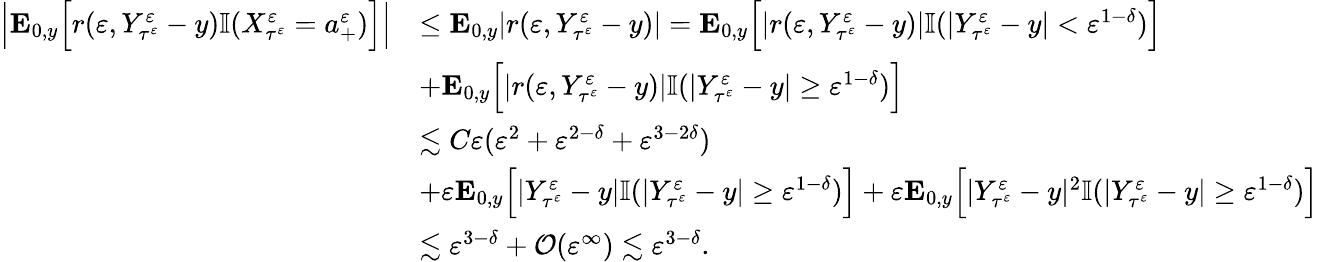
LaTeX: \begin{array}{rl}{\Big|\mathbf{E}_{0,y}\Big[r(\varepsilon,Y_{\tau^{\varepsilon}}^{\varepsilon}-y)\mathbb{I}(X_{\tau^{\varepsilon}}^{\varepsilon}=a_{+}^{\varepsilon})\Big]\Big|}&{\leq\mathbf{E}_{0,y}|r(\varepsilon,Y_{\tau^{\varepsilon}}^{\varepsilon}-y)|=\mathbf{E}_{0,y}\Big[|r(\varepsilon,Y_{\tau^{\varepsilon}}^{\varepsilon}-y)|\mathbb{I}(|Y_{\tau^{\varepsilon}}^{\varepsilon}-y|<\varepsilon^{1-\delta})\Big]}\\ &{+\mathbf{E}_{0,y}\Big[|r(\varepsilon,Y_{\tau^{\varepsilon}}^{\varepsilon}-y)|\mathbb{I}(|Y_{\tau^{\varepsilon}}^{\varepsilon}-y|\geq\varepsilon^{1-\delta})\Big]}\\ &{\lesssim C\varepsilon(\varepsilon^{2}+\varepsilon^{2-\delta}+\varepsilon^{3-2\delta})}\\ &{+\varepsilon\mathbf{E}_{0,y}\Big[|Y_{\tau^{\varepsilon}}^{\varepsilon}-y|\mathbb{I}(|Y_{\tau^{\varepsilon}}^{\varepsilon}-y|\geq\varepsilon^{1-\delta})\Big]+\varepsilon\mathbf{E}_{0,y}\Big[|Y_{\tau^{\varepsilon}}^{\varepsilon}-y|^{2}\mathbb{I}(|Y_{\tau^{\varepsilon}}^{\varepsilon}-y|\geq\varepsilon^{1-\delta})\Big]}\\ &{\lesssim\varepsilon^{3-\delta}+\mathcal{O}(\varepsilon^{\infty})\lesssim\varepsilon^{3-\delta}.}\end{array}